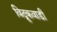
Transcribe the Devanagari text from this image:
विद्रुकवाडी